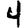
Digit: 4